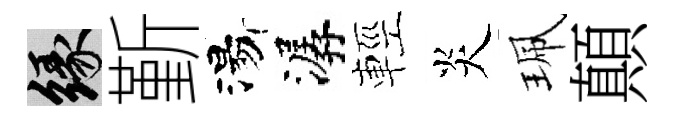
緣斳湯潺輕炎珮顛